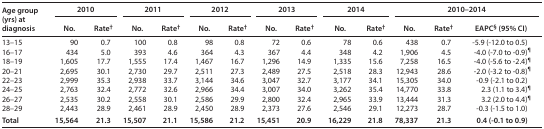
<table><thead><tr><td rowspan="2"><b>Age group (yrs) at diagnosis</b></td><td colspan="2"><b>2010</b></td><td colspan="2"><b>2011</b></td><td colspan="2"><b>2012</b></td><td colspan="2"><b>2013</b></td><td colspan="2"><b>2014</b></td><td colspan="3"><b>2010–2014</b></td></tr><tr><td><b>No.</b></td><td><b>Rate<sup>†</sup></b></td><td><b>No.</b></td><td><b>Rate<sup>†</sup></b></td><td><b>No.</b></td><td><b>Rate<sup>†</sup></b></td><td><b>No.</b></td><td><b>Rate<sup>†</sup></b></td><td><b>No.</b></td><td><b>Rate<sup>†</sup></b></td><td><b>No.</b></td><td><b>Rate<sup>†</sup></b></td><td><b>EAPC<sup>§</sup> (95% CI)</b></td></tr></thead><tbody><tr><td>13–15</td><td>90</td><td>0.7</td><td>100</td><td>0.8</td><td>98</td><td>0.8</td><td>72</td><td>0.6</td><td>78</td><td>0.6</td><td>438</td><td>0.7</td><td>-5.9 (-12.0 to 0.5)</td></tr><tr><td>16–17</td><td>434</td><td>5.0</td><td>393</td><td>4.6</td><td>364</td><td>4.3</td><td>367</td><td>4.4</td><td>348</td><td>4.2</td><td>1,906</td><td>4.5</td><td>-4.0 (-7.0 to -0.9)<sup>¶</sup></td></tr><tr><td>18–19</td><td>1,605</td><td>17.7</td><td>1,555</td><td>17.4</td><td>1,467</td><td>16.7</td><td>1,296</td><td>14.9</td><td>1,335</td><td>15.6</td><td>7,258</td><td>16.5</td><td>-4.0 (-5.6 to -2.4)<sup>¶</sup></td></tr><tr><td>20–21</td><td>2,695</td><td>30.1</td><td>2,730</td><td>29.7</td><td>2,511</td><td>27.3</td><td>2,489</td><td>27.5</td><td>2,518</td><td>28.3</td><td>12,943</td><td>28.6</td><td>-2.0 (-3.2 to -0.8)<sup>¶</sup></td></tr><tr><td>22–23</td><td>2,999</td><td>35.3</td><td>2,938</td><td>33.7</td><td>3,144</td><td>34.6</td><td>3,047</td><td>32.7</td><td>3,177</td><td>34.1</td><td>15,305</td><td>34.0</td><td>-0.9 (-2.1 to 0.2)</td></tr><tr><td>24–25</td><td>2,763</td><td>32.4</td><td>2,772</td><td>32.6</td><td>2,966</td><td>34.4</td><td>3,007</td><td>34.0</td><td>3,262</td><td>35.4</td><td>14,770</td><td>33.8</td><td>2.3 (1.1 to 3.4)<sup>¶</sup></td></tr><tr><td>26–27</td><td>2,535</td><td>30.2</td><td>2,558</td><td>30.1</td><td>2,586</td><td>29.9</td><td>2,800</td><td>32.4</td><td>2,965</td><td>33.9</td><td>13,444</td><td>31.3</td><td>3.2 (2.0 to 4.4)<sup>¶</sup></td></tr><tr><td>28–29</td><td>2,443</td><td>28.9</td><td>2,461</td><td>28.9</td><td>2,450</td><td>28.9</td><td>2,373</td><td>27.6</td><td>2,546</td><td>29.1</td><td>12,273</td><td>28.7</td><td>-0.3 (-1.5 to 1.0)</td></tr><tr><td><b>Total</b></td><td><b>15,564</b></td><td><b>21.3</b></td><td><b>15,507</b></td><td><b>21.1</b></td><td><b>15,586</b></td><td><b>21.2</b></td><td><b>15,451</b></td><td><b>20.9</b></td><td><b>16,229</b></td><td><b>21.8</b></td><td><b>78,337</b></td><td><b>21.3</b></td><td><b>0.4(-0.1 to 0.9)</b></td></tr></tbody></table>